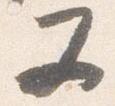
又